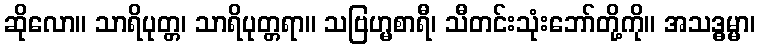
ဆိုလော။ သာရိပုတ္တ၊ သာရိပုတ္တရာ။ သဗြဟ္မစာရီ၊ သီတင်းသုံးဘော်တို့ကို။ အသဒ္ဓမ္မာ၊